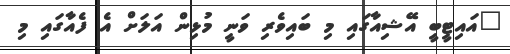
"އައިޓީބީ އޭޝިއާގައި މި ބައިވެރި ވަނީ މުޅިން އަލަށް އެ ފެއާގައި މި